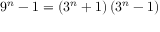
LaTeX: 9 ^ { n } - 1 = \left( 3 ^ { n } + 1 \right) \left( 3 ^ { n } - 1 \right)